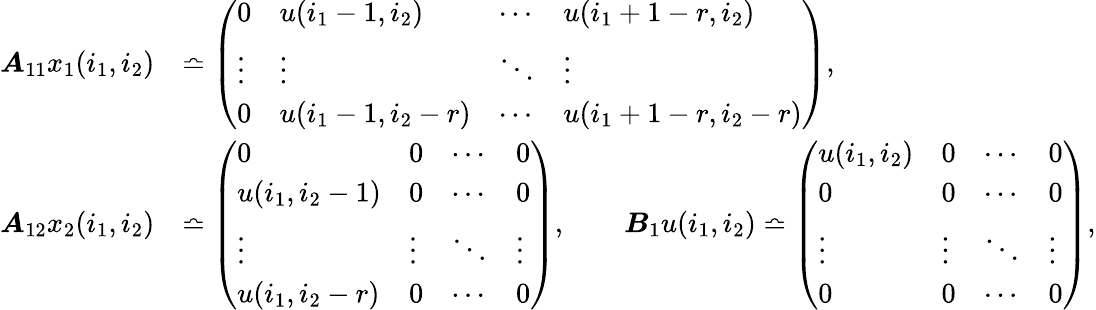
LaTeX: \begin{array}{rl}{\boldsymbol{A}_{11}x_{1}(i_{1},i_{2})}&{\bumpeq\left(\begin{array}{llll}{0}&{u(i_{1}-1,i_{2})}&{\cdots}&{u(i_{1}+1-r,i_{2})}\\ {\vdots}&{\vdots}&{\ddots}&{\vdots}\\ {0}&{u(i_{1}-1,i_{2}-r)}&{\cdots}&{u(i_{1}+1-r,i_{2}-r)}\end{array}\right),}\\ {\boldsymbol{A}_{12}x_{2}(i_{1},i_{2})}&{\bumpeq\left(\begin{array}{llll}{0}&{0}&{\cdots}&{0}\\ {u(i_{1},i_{2}-1)}&{0}&{\cdots}&{0}\\ {\vdots}&{\vdots}&{\ddots}&{\vdots}\\ {u(i_{1},i_{2}-r)}&{0}&{\cdots}&{0}\end{array}\right),\qquad\boldsymbol{B}_{1}u(i_{1},i_{2})\bumpeq\left(\begin{array}{llll}{u(i_{1},i_{2})}&{0}&{\cdots}&{0}\\ {0}&{0}&{\cdots}&{0}\\ {\vdots}&{\vdots}&{\ddots}&{\vdots}\\ {0}&{0}&{\cdots}&{0}\end{array}\right),}\end{array}